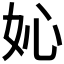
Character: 𡚿